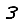
Digit: 3